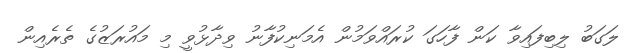
ލަގަބު ލިބިފައިވާ ކަން ފާހަގަ ކުރައްވަމުން އެމަނިކުފާނު ވިދާޅުވީ މި މައުރަޒުގެ ތެރެއިން